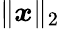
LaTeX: \| {\boldsymbol{x}}\| _{2}